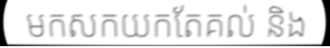
មកសកយកតែគល់ និង